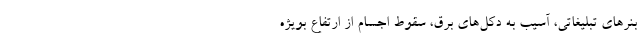
بنر‌های تبلیغاتی، آسیب به دکل‌های برق، سقوط اجسام از ارتفاع بویژه